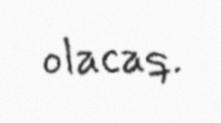
olacaq.